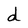
Character: d